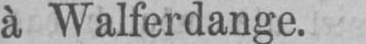
à Walferdange.